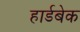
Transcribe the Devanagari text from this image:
हार्डबेक